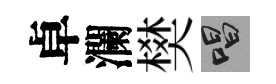
卓瀾樊唱